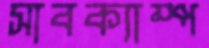
সাবক্যাম্প